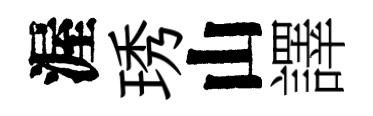
渥琇山譯